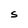
Character: S